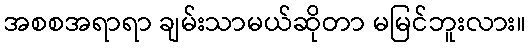
အစစအရာရာ ချမ်းသာမယ်ဆိုတာ မမြင်ဘူးလား။